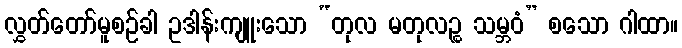
လွှတ်တော်မူစဉ်ခါ ဥဒါန်းကျူးသော “တုလ မတုလဉ္စ သမ္ဘဝံ” စသော ဂါထာ။